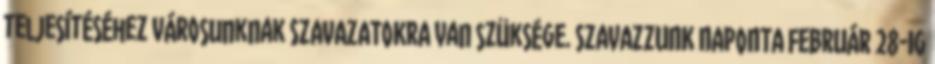
teljesítéséhez városunknak SZAVAZATOKRA van szüksége. SZAVAZZUNK NAPONTA FEBRUÁR 28-IG